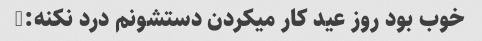
خوب بود روز عید کار میکردن دستشونم درد نکنه:)